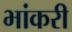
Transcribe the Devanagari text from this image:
भांकरी